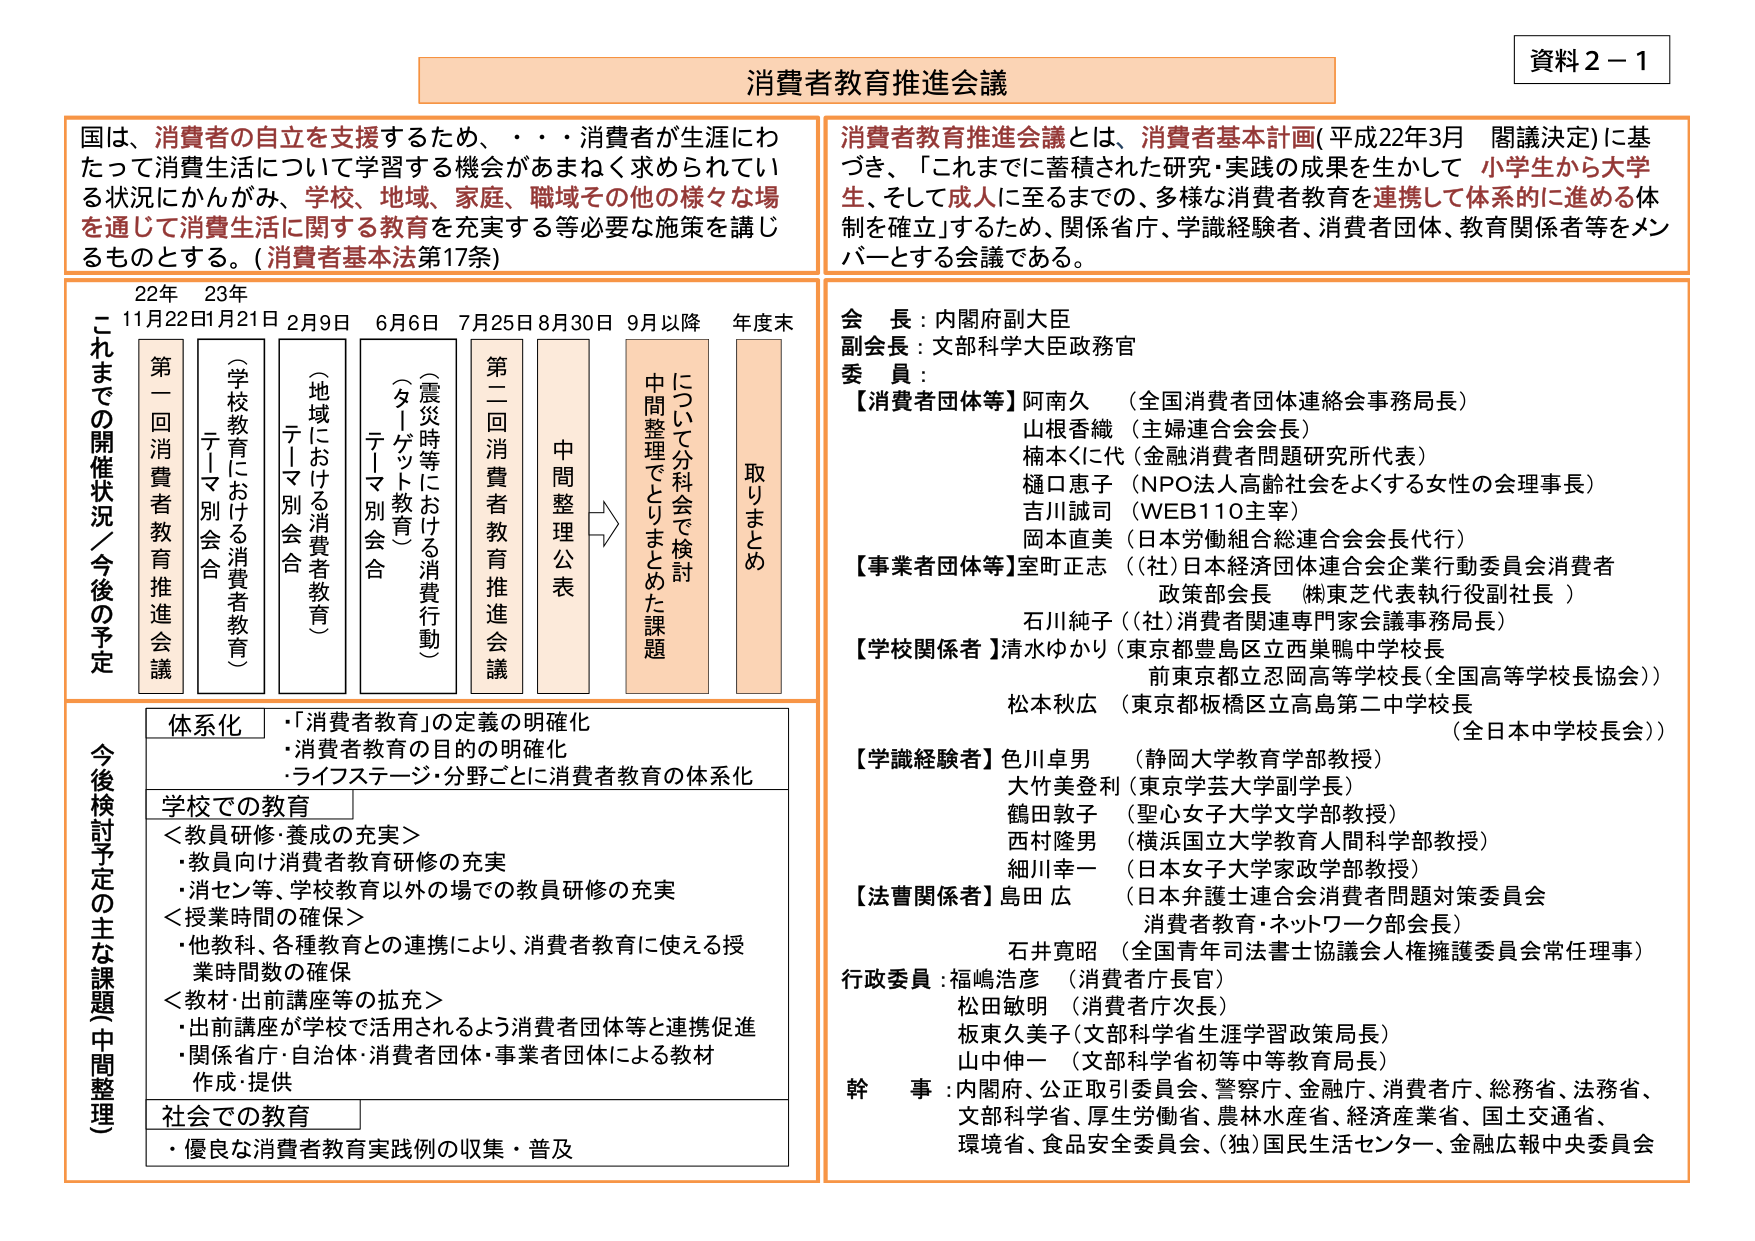
資料２－１

消費者教育推進会議

国は、消費者の自立を支援するため、・・・消費者が生涯にわたって消費生活について学習する機会があまねく求められている状況にかんがみ、学校、地域、家庭、職域その他の様々な場を通じて消費生活に関する教育を充実する等必要な施策を講じるものとする。（消費者基本法第17条）

消費者教育推進会議とは、消費者基本計画（平成22年3月 閣議決定）に基づき、「これまでに蓄積された研究・実践の成果を生かして 小学生から大学生、そして成人に至るまでの、多様な消費者教育を連携して体系的に進める体制を確立」するため、関係省庁、学識経験者、消費者団体、教育関係者等をメンバーとする会議である。

これまでの開催状況／今後の予定

22年 23年
11月22日 1月21日 2月9日 6月6日 7月25日 8月30日 9月以降 年度末

第一回消費者教育推進会議
（学校教育における消費者教育）テーマ別会合
（地域における消費者教育）テーマ別会合
（震災時等における消費行動）テーマ別会合
第二回消費者教育推進会議
中間整理公表
中間整理でとりまとめた課題
について分科会で検討
取りまとめ

会長：内閣府副大臣
副会長：文部科学大臣政務官
委員：

【消費者団体等】
阿南久 （全国消費者団体連絡会事務局長）
山根香織 （主婦連合会会長）
楠本くに代 （金融消費者問題研究所代表）
樋口恵子 （NPO法人高齢社会をよくする女性の会理事長）
吉川誠司 （WEB110主宰）
岡本直美 （日本労働組合総連合会会長代行）

【事業者団体等】
室町正志 （（社）日本経済団体連合会企業行動委員会消費者政策部会長 （株東芝代表執行役副社長））
石川純子 （（社）消費者関連専門家会議事務局長）

【学校関係者】
清水ゆかり （東京都豊島区立西巣鴨中学校長）
前東京都立忍岡高等学校長（全国高等学校長協会）
松本秋広 （東京都板橋区立高島第二中学校長 （全日本中学校長会））

【学識経験者】
色川卓男 （静岡大学教育学部教授）
大竹美登利 （東京学芸大学副学長）
鶴田敦子 （聖心女子大学文学部教授）
西村隆男 （横浜国立大学教育人間科学部教授）
細川幸一 （日本女子大学家政学部教授）

【法曹関係者】
島田広 （日本弁護士連合会消費者問題対策委員会 消費者教育・ネットワーク部会長）
石井寛昭 （全国青年司法書士協議会人権擁護委員会常任理事）

行政委員：
福嶋浩彦 （消費者庁長官）
松田敏明 （消費者庁次長）
板東久美子（文部科学省生涯学習政策局長）
山中伸一 （文部科学省初等中等教育局長）

幹事：内閣府、公正取引委員会、警察庁、金融庁、消費者庁、総務省、法務省、文部科学省、厚生労働省、農林水産省、経済産業省、国土交通省、環境省、食品安全委員会、（独）国民生活センター、金融広報中央委員会

今後検討予定の主な課題（中間整理）

体系化
・「消費者教育」の定義の明確化
・消費者教育の目的の明確化
・ライフステージ・分野ごとに消費者教育の体系化

学校での教育
＜教員研修・養成の充実＞
・教員向け消費者教育研修の充実
・消セン等、学校教育以外の場での教員研修の充実
＜授業時間の確保＞
・他教科、各種教育との連携により、消費者教育に使える授業時間数の確保
＜教材・出前講座等の拡充＞
・出前講座が学校で活用されるよう消費者団体等と連携促進
・関係省庁・自治体・消費者団体・事業者団体による教材作成・提供

社会での教育
・優良な消費者教育実践例の収集・普及